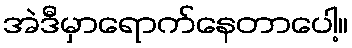
အဲဒီမှာရောက်နေတာပေါ့။